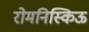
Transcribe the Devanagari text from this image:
रोमनिस्किऊ